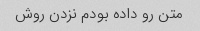
متن رو داده بودم نزدن روش